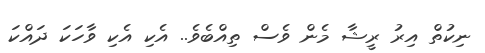
ނިކުތް އިރު ރީޝާ މެން ވެސް ތިއްބެވެ.. އެކި އެކި ވާހަކަ ދައްކަ